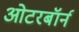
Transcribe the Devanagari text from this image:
ओटरबॉर्न